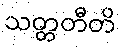
သတ္တတီတိ